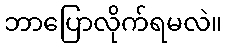
ဘာပြောလိုက်ရမလဲ။